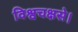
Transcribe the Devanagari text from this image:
विश्वचक्षसे।